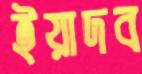
ইয়াদব